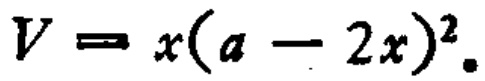
\(V = x(a - 2x)^{2}\)